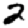
Digit: 2